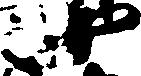
四